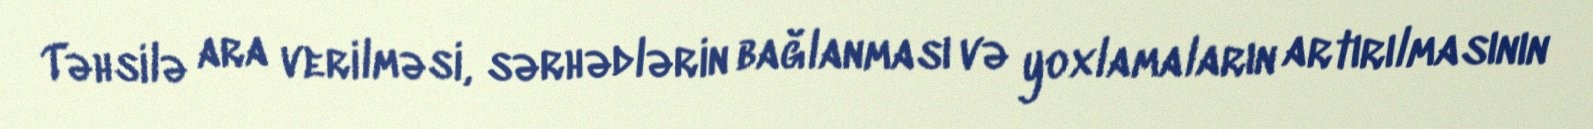
Təhsilə ara verilməsi, sərhədlərin bağlanması və yoxlamaların artırılmasının